画像に写った文字を読んでください
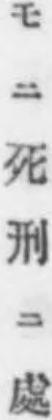
「モニ死刑ニ處」と書いてあります